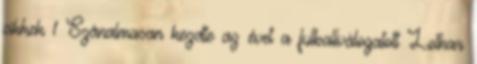
cikkek 1 Szánalmasan kezdte az évet a futballválogatott Lothar